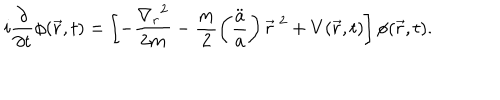
i \frac { \partial } { \partial t } \phi ( \vec { r } , t ) = \left[ - \frac { { \nabla _ { r } } ^ { 2 } } { 2 m } - \frac { m } { 2 } \left( \frac { \ddot { a } } { a } \right) { \vec { r } } ^ { \ 2 } + V ( \vec { r } , t ) \right] \phi ( \vec { r } , t ) .